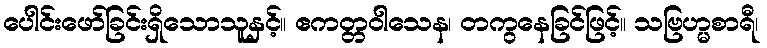
ပေါင်းဖော်ခြင်းရှိသောသူနှင့်။ ဧကတ္တဝါသေန၊ တကွနေခြင်ဖြင့်။ သဗြဟ္မစာရီ၊